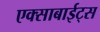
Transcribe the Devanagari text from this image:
एक्साबाईट्स